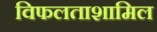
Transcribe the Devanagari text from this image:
विफलताशामिल